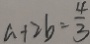
a + 2 b = \frac { 4 } { 3 }